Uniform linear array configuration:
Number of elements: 12
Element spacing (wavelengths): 0.75
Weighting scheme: kaiser
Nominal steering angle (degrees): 15
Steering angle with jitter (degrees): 15.113
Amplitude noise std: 0.05
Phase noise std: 0.05

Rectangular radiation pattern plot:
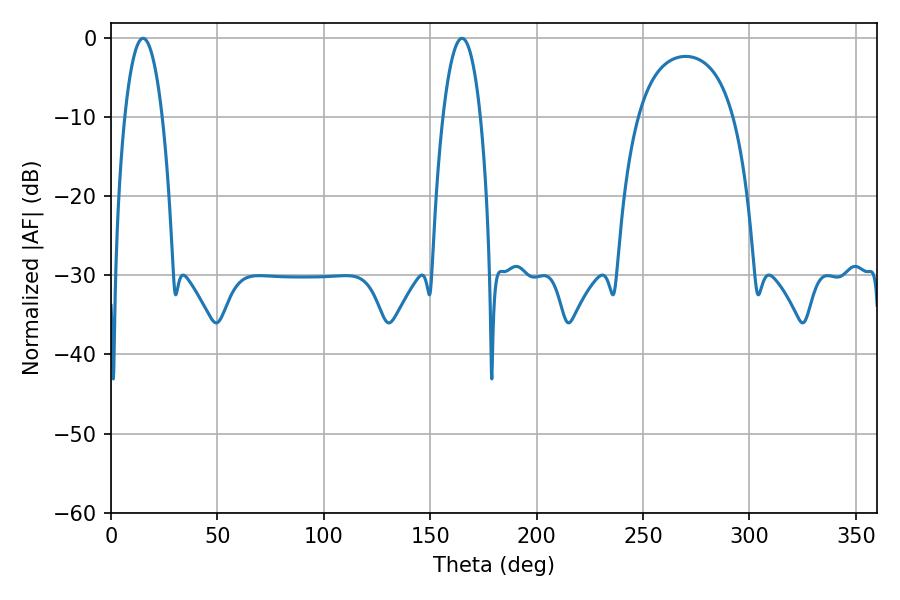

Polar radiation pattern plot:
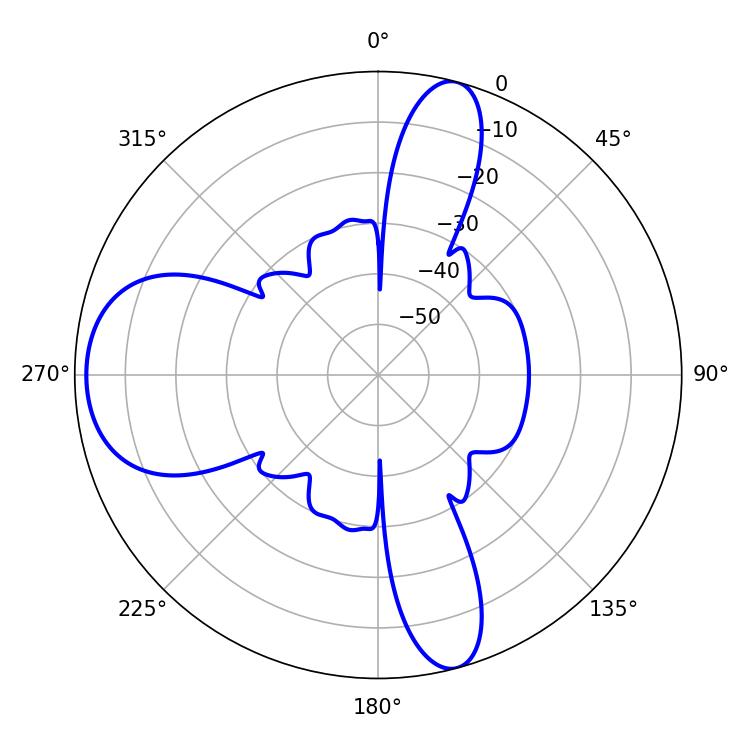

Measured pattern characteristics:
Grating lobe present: TRUE
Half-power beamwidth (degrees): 9.72
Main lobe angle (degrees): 15.12